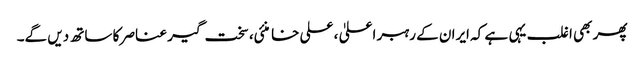
پھر بھی اغلب یہی ہے کہ ایران کے رہبر اعلیٰ ، علی خامنئی، سخت گیر عناصر کا ساتھ دیں گے۔